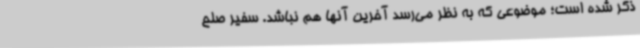
ذکر شده است؛ موضوعی که به نظر می‌رسد آخرین آنها هم نباشد. سفیر صلح